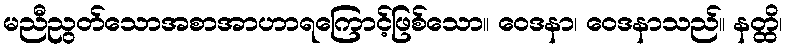
မညီညွတ်သောအစာအာဟာရကြောင့်ဖြစ်သော။ ဝေဒနာ၊ ဝေဒနာသည်။ နတ္ထိ၊